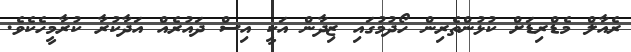
ރެއާލް މެޑްރިޑަށް ކުޅުންތެރިން ހޯދުމުގައި ޒިދާން އަކީ އިސް ދައުރެއް އަދާކުރާ ކުރާމީހެކެވެ.